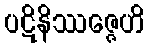
ပဋိနိဿဇ္ဇေဟိ